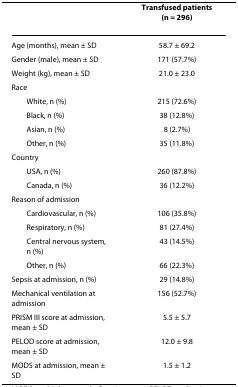
|  | Transfused patients(n = 296) |
 | --- | --- |
 | Age (months), mean ± SD | 58.7 ± 69.2 |
 | Gender (male), mean ± SD | 171 (57.7%) |
 | Weight (kg), mean ± SD | 21.0 ± 23.0 |
 | Race |  |
 | White, n (%) | 215 (72.6%) |
 | Black, n (%) | 38 (12.8%) |
 | Asian, n (%) | 8 (2.7%) |
 | Other, n (%) | 35 (11.8%) |
 | Country |  |
 | USA, n (%) | 260 (87.8%) |
 | Canada, n (%) | 36 (12.2%) |
 | Reason of admission |  |
 | Cardiovascular, n (%) | 106 (35.8%) |
 | Respiratory, n (%) | 81 (27.4%) |
 | Central nervous system, n (%) | 43 (14.5%) |
 | Other, n (%) | 66 (22.3%) |
 | Sepsis at admission, n (%) | 29 (14.8%) |
 | Mechanical ventilation at admission | 156 (52.7%) |
 | PRISM III score at admission, mean ± SD | 5.5 ± 5.7 |
 | PELOD score at admission, mean ± SD | 12.0 ± 9.8 |
 | MODS at admission, mean ± SD | 1.5 ± 1.2 |